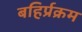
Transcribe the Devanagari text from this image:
बहिर्प्रक्रम